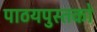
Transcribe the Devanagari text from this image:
पाठयपुस्तको